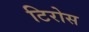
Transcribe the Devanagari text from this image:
टिरोस